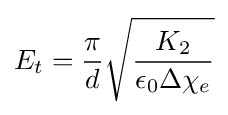
E_{t}={\frac {\pi }{d}}{\sqrt {\frac {K_{2}}{\epsilon _{0}\Delta \chi _{e}}}}